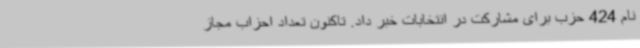
نام 424 حزب برای مشارکت در انتخابات خبر داد. تاکنون تعداد احزاب مجاز